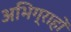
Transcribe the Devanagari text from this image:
अभिग्राहों